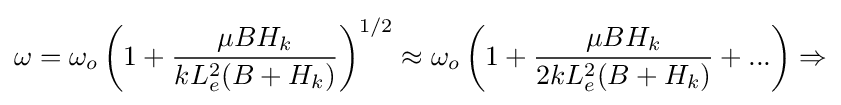
\omega =\omega _{o}\left(1+{\frac {\mu BH_{k}}{kL_{e}^{2}(B+H_{k})}}\right)^{1/2}\approx \omega _{o}\left(1+{\frac {\mu BH_{k}}{2kL_{e}^{2}(B+H_{k})}}+...\right)\Rightarrow